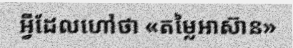
អ្វីដែលហៅថា «តម្លៃអាស៊ាន»